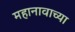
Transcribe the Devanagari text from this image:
महानावाच्या